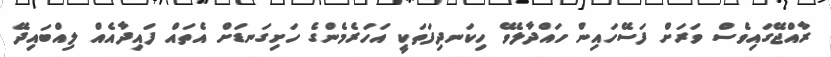
ރާއްޖޭގައިވެސް ވަރަށް ފަސޭހައިން ހައްދާލެވޭ ހިކަނދިފަތަކީ އަހަރެމެންގެ ހަށިގަނޑަށް އެތައް ފައިދާއެއް ލިއްބައިދޭ